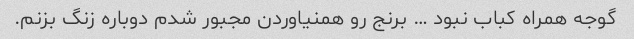
گوجه همراه کباب نبود … برنج رو همنیاوردن مجبور شدم دوباره زنگ بزنم.